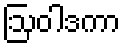
ဩဝါဒကာ